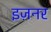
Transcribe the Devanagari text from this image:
इज़नर